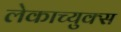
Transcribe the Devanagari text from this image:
लेकाच्युक्स